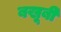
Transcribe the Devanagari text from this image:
बखू़बी